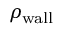
\rho _ { \mathrm { w a l l } }